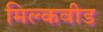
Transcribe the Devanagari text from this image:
मिल्कवीड